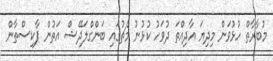
މުބާރާތް ހުޅުވަން މިދިޔަ އާދިއްތަ ދުވަހު ކުޅުނު މެޗުގައި ބަންގްލަދޭޝް އަތުން ޕާކިސްތާން